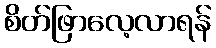
စိတ်ဖြာလေ့လာရန်